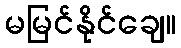
မမြင်နိုင်ချေ။